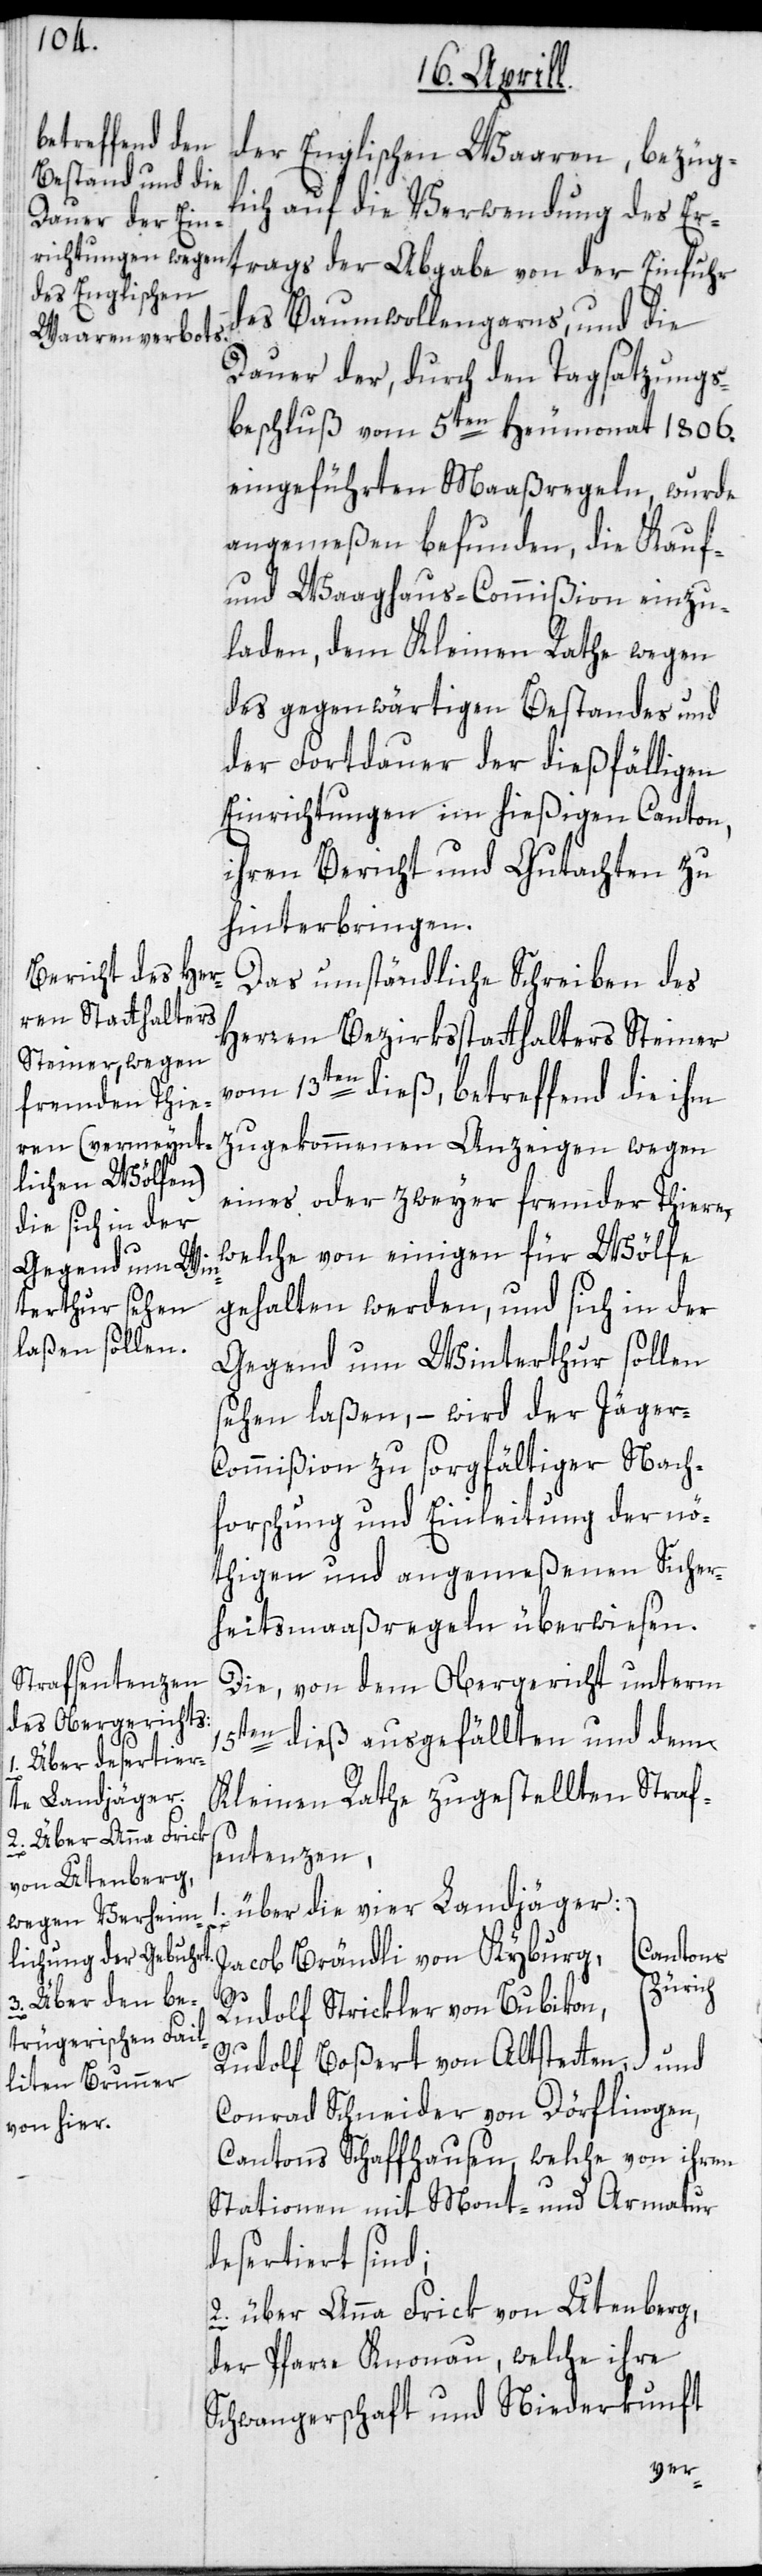
der Englischen Waaren, bezüg¬
lich auf die Verwendung des Er¬
trags der Abgabe von der Einfuhr
des Baumwollengarns, und die
Dauer der, durch den Tagsatzungs¬
beschluß vom 5ten Heumonat 1806.
eingeführten Maaßregeln, wurde
angemeßen befunden, die Kauf-
und Waaghaus-Commißion einzu¬
laden, dem Kleinen Rathe wegen
des gegenwärtigen Bestandes und
der Fortdauer der dießfälligen
Einrichtungen im hießigen Canton,
ihren Bericht und Gutachten zu
hinterbringen.
Das umständliche Schreiben des
Herren Bezirksstatthalters Steiner
vom 13ten dieß, betreffend die ihm
zugekommenen Anzeigen wegen
eines oder zweyer fremder Thiere,
welche von einigen für Wölfe
gehalten werden, und sich in der
Gegend um Winterthur sollen
sehen laßen, – wird der Jäger-C¬
ommißion zu sorgfältiger Nach¬
forschung und Einleitung der nö¬
thigen und angemeßenen Sicher¬
heitsmaßregeln überwiesen.
Die, von dem Obergericht unterm
15ten dieß ausgefällten und dem
Kleinen Rathe zugestellten Straf¬
sentenzen,
über die vier Landjäger:
Cantons
Jacob Brändli von Kyburg,
Zürich
Rudolf Strickler von Bubikon,
Rudolf Boßert von Altstetten,
Conrad Schneider von Dörflingen,
Cantons Schaffhausen, welche von ihren
Stationen mit Mont- und Armatur
desertiert sind;
2. über Anna Frick von Utenberg,
der Pfarre Knonau, welche ihre
Schwangerschaft und Niederkunft